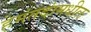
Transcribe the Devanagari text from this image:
हेमंतदांमधील